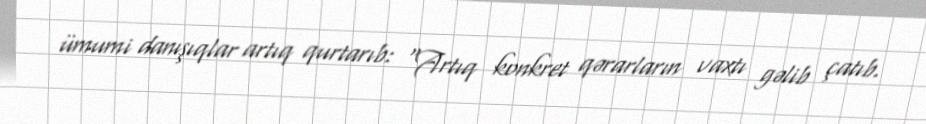
ümumi danışıqlar artıq qurtarıb: “Artıq konkret qərarların vaxtı gəlib çatıb.